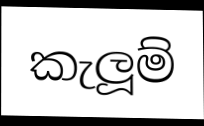
කැලූම්